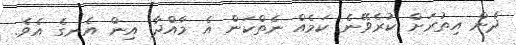
ދެން އިތުރަށް ކުރެވޭނެ ކަމެއް ނެތްކަން އެ މާއްދާ އިން އެނގެ އެވެ.